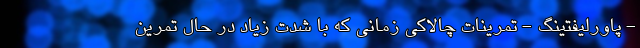
- پاورلیفتینگ - تمرینات چالاکی زمانی که با شدت زیاد در حال تمرین